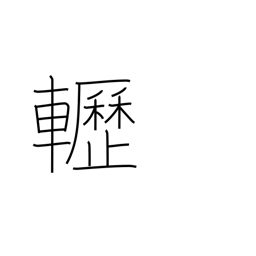
Meaning: creaking sound